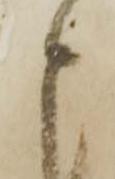
申